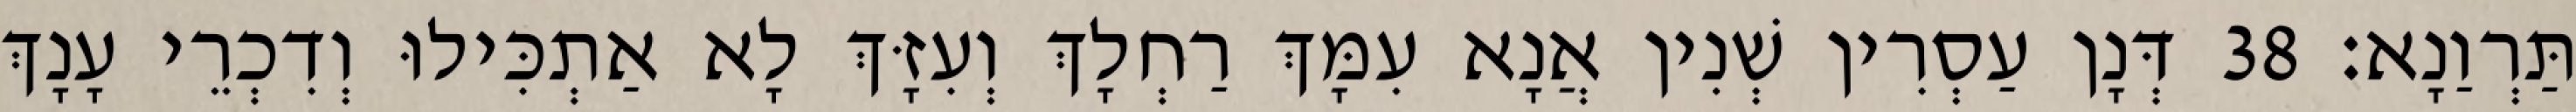
תַּרְוַנָא׃ 38 דְּנָן עַסְרִין שְׁנִין אֲנָא עִמָּךְ רַחְלָךְ וְעִזָּךְ לָא אַתְכִּילוּ וְדִכְרֵי עָנָךְ